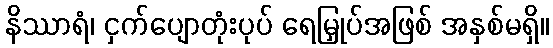
နိဿာရံ၊ ငှက်ပျောတုံးပုပ် ရေမြှုပ်အဖြစ် အနှစ်မရှိ။